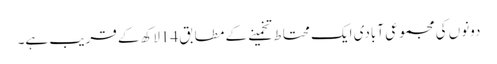
دونوں کی مجموعی آبادی ایک محتاط تخمینے کے مطابق 14لاکھ کے قریب ہے۔